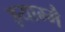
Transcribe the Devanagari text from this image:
झ्याम्मै